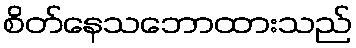
စိတ်နေသဘောထားသည်